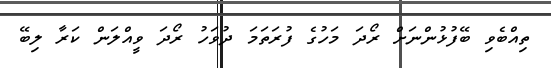
ތިއްބެވި ބޭފުޅުންނަށް ރޯދަ މަހުގެ ފުރަތަމަ ދުވަހު ރޯދަ ވީއްލަން ކަރާ ލިބޭ